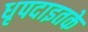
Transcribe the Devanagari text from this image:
धृपदाइतके